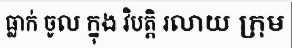
ធ្លាក់ ចូល ក្នុង វិបត្តិ រលាយ ក្រុម